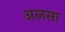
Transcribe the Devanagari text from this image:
अलसा